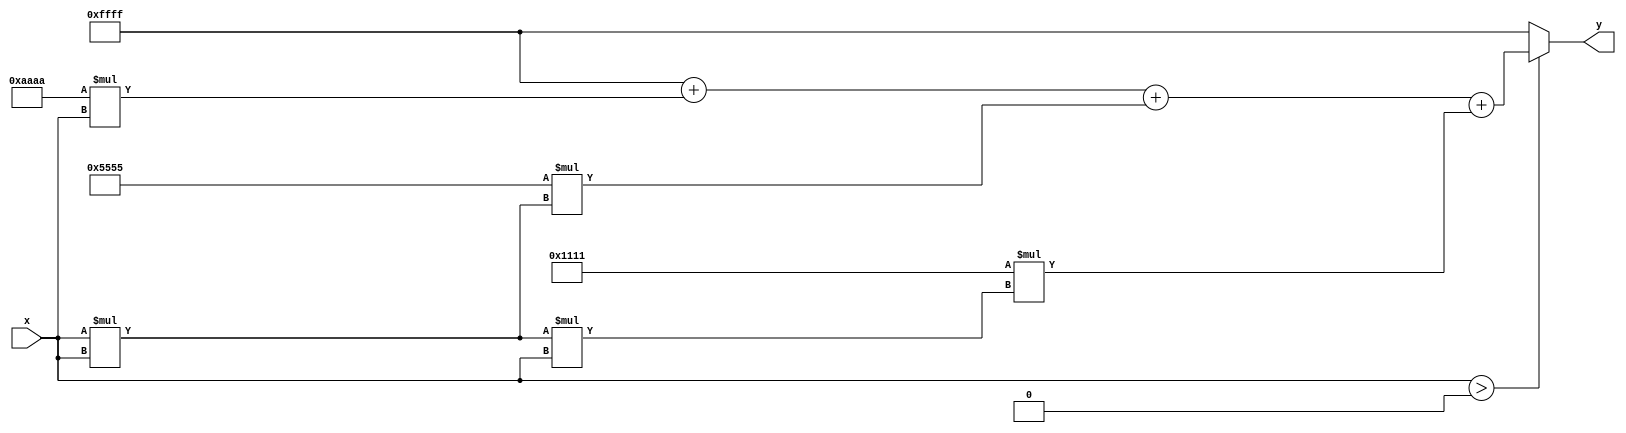
module poly_reciprocal (
    input wire [15:0] x,      // Input value (normalized, 0 < x < 1)
    output reg [15:0] y       // Output value (approximation of 1/x)
);

    // Polynomial coefficients for 1/x approximation (example coefficients)
    // These coefficients should be derived from the polynomial approximation method
    parameter C0 = 16'hFFFF; // Coefficient for x^0
    parameter C1 = 16'hAAAA; // Coefficient for x^1
    parameter C2 = 16'h5555; // Coefficient for x^2
    parameter C3 = 16'h1111; // Coefficient for x^3

    // Internal wire for polynomial evaluation
    wire [31:0] x_squared;
    wire [31:0] x_cubed;
    wire [31:0] poly_eval;

    // Compute x^2 and x^3
    assign x_squared = x * x;                     // x^2
    assign x_cubed = x_squared * x;               // x^3

    // Polynomial evaluation using Horner's method
    assign poly_eval = C0 + (C1 * x) + (C2 * x_squared) + (C3 * x_cubed);

    // Output assignment
    always @(*) begin
        if (x > 0) begin
            y = poly_eval[15:0]; // Take the lower 16 bits of the polynomial evaluation
        end else begin
            y = 16'hFFFF; // Handle edge case for x <= 0 (undefined)
        end
    end

endmodule